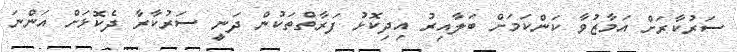
ސަރުކާރަށް އަމާޒުވާ ކަންކަމަށް ބަލާއިރު އިދިކޮޅު ފަރާތްތަކުން ދަނީ ސަރުކާރާ ދެކޮޮޅަށް އަންނަ